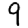
Digit: 9